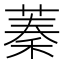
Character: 蓁